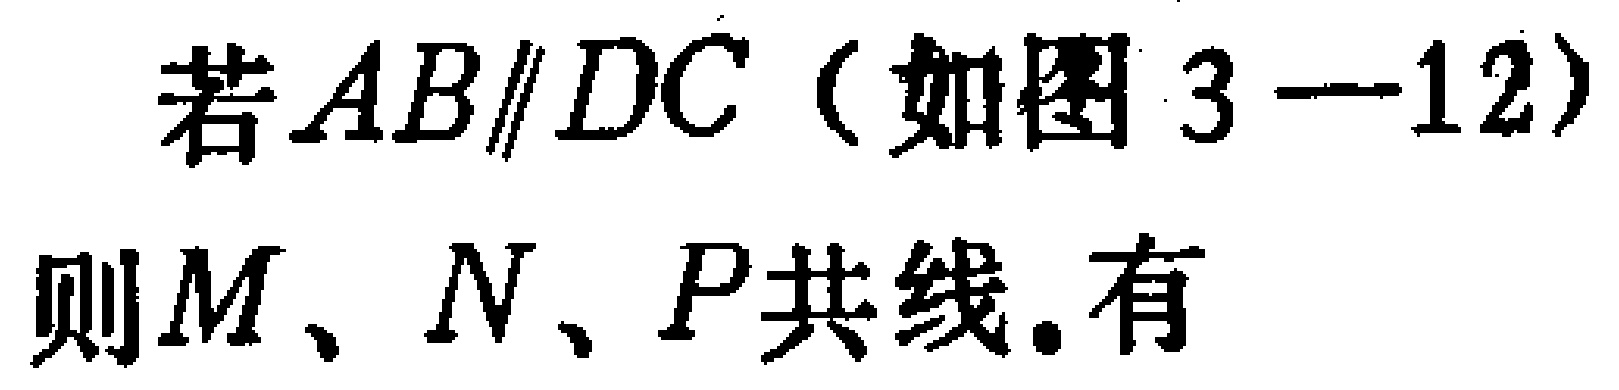
若$AB\parallel DC$（如图 3—12）则$M、N、P$共线.有